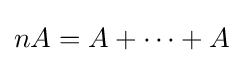
nA=A+\cdots +A